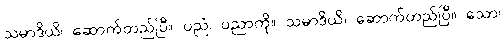
သမာဒိယိ၊ ဆောက်တည်ပြီ။ ပညံ၊ ပညာကို။ သမာဒိယိ၊ ဆောက်တည်ပြီ။ သော၊